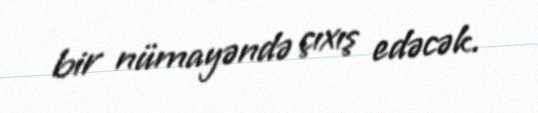
bir nümayəndə çıxış edəcək.